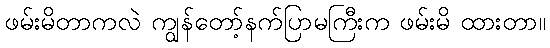
ဖမ်းမိတာကလဲ ကျွန်တော့်နက်ပြာမကြီးက ဖမ်းမိ ထားတာ။